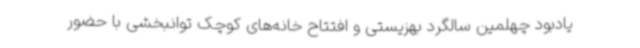
یادبود چهلمین سالگرد بهزیستی و افتتاح خانه‌های کوچک توانبخشی با حضور